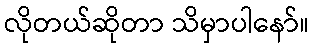
လိုတယ်ဆိုတာ သိမှာပါနော်။